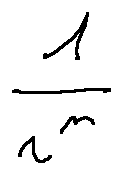
\frac { 1 } { r ^ { n } }